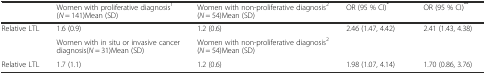
<table><thead><tr><td></td><td><b>Women with proliferative diagnosis<sup>1</sup>(<i>N</i> = 141)Mean (SD)</b></td><td><b>Women with non-proliferative diagnosis<sup>2</sup>(<i>N</i> = 54)Mean (SD)</b></td><td><b>OR (95 % CI)<sup>*</sup></b></td><td><b>OR (95 % CI)<sup>**</sup></b></td></tr></thead><tbody><tr><td>Relative LTL</td><td>1.6 (0.9)</td><td>1.2 (0.6)</td><td>2.46 (1.47, 4.42)</td><td>2.41 (1.43, 4.38)</td></tr><tr><td></td><td>Women with in situ or invasive cancer diagnosis(<i>N</i> = 31)Mean (SD)</td><td>Women with non-proliferative diagnosis<sup>2</sup>(<i>N</i> = 54)Mean (SD)</td><td></td><td></td></tr><tr><td>Relative LTL</td><td>1.7 (1.1)</td><td>1.2 (0.6)</td><td>1.98 (1.07, 4.14)</td><td>1.70 (0.86, 3.76)</td></tr></tbody></table>